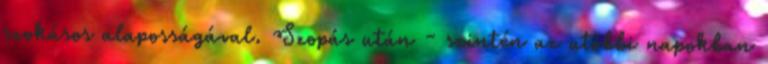
szokásos alaposságával. Szopás után - szintén az utóbbi napokban